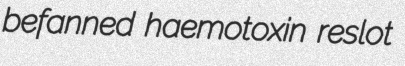
befanned haemotoxin reslot